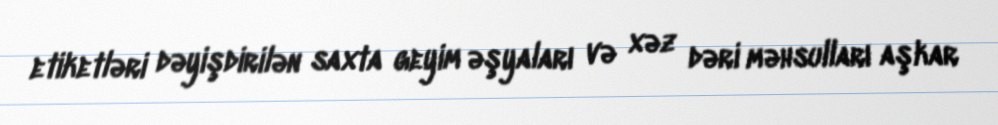
etiketləri dəyişdirilən saxta geyim əşyaları və xəz dəri məhsulları aşkar